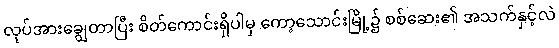
လုပ်အားချွေတာပြီး စိတ်ကောင်းရှိပါမှ ကော့သောင်းမြို့၌ စစ်ဆေး၏ အသက်နှင့်လဲ